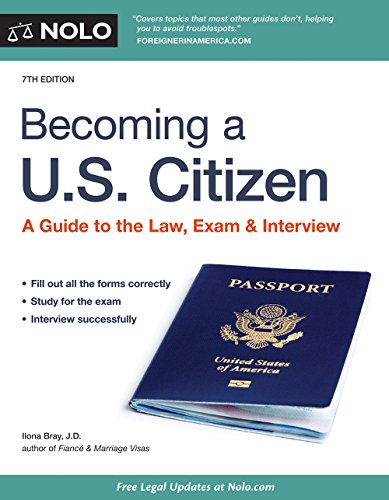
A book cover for Becoming a U.S. Citizen: A Guide to the Law, Exam & Interview; Ilona Bray JD; Law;